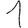
Digit: 1